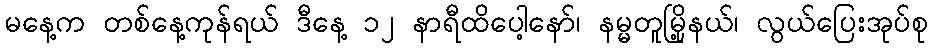
မနေ့က တစ်နေ့ကုန်ရယ် ဒီနေ့ ၁၂ နာရီထိပေါ့နော်၊ နမ္မတူမြို့နယ်၊ လွယ်ပြေးအုပ်စု